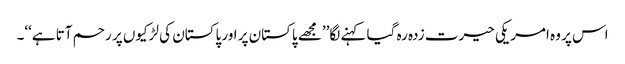
اس پر وہ امریکی حیرت زدہ رہ گیا کہنے لگا’’مجھے پاکستان پر اور پاکستان کی لڑکیوں پر رحم آتا ہے‘‘۔